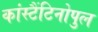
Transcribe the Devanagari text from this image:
कांस्टैंटिनोपुल